Statistics compiled by the Government of India from the reports of provincial Civil Veterinary Departments
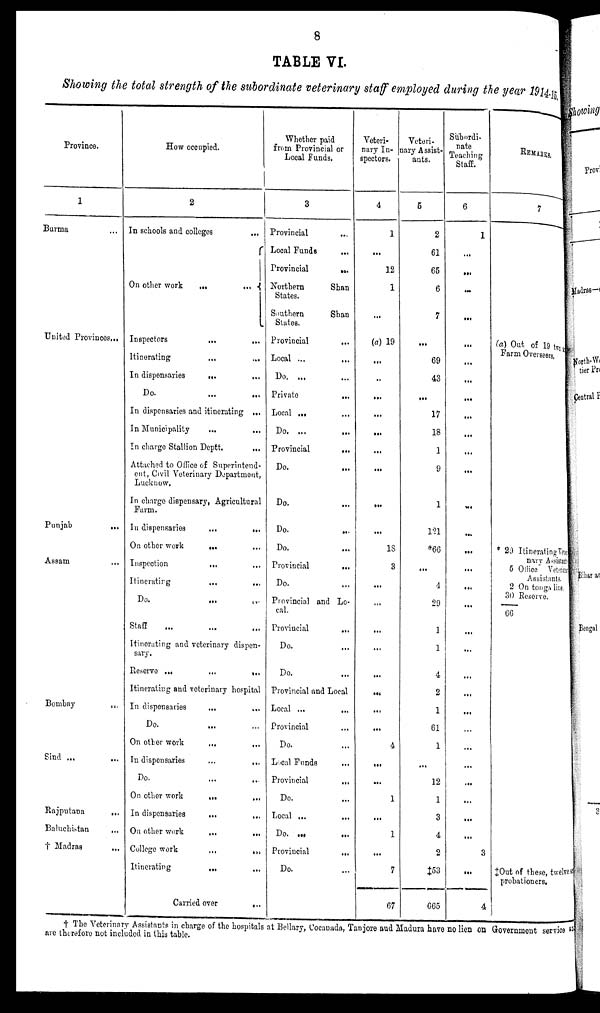
8
TABLE VI.
Showing the total strength of the subordinate veterinary staff employed during the year 19l4-15.
Province.
1
Burma ....
United Provinces ...
Punjab
...
Assam ...
Bombay
...
Sind ... ...
Rajputana
....
Baluchistan
...
† Madras ...
How occupied.
2
In schools and colleges ...
On other work
...
... ...
Inspectors
...
...
Itinerating ... ...
In dispensaries .. ...
Do. ... ...
In dispensaries and itinerating ...
In Municipality ... ...
In charge Stallion Deptt.
...
Attached to Office of Superintend-
ent, Civil Veterinary Department,
Lucknow.
In charge dispensary, Agricultural
Farm.
In dispensaries
...
...
On other work
...
Inspection
...
....
Itinerating
...
...
...
Do. ... ...
Staff ... ... ...
Itinerating and veterinary dispen-
sary.
Reservo ...
...
...
...
Itinerating and veterinary hospital
In dispensaries
...
...
Do. ... ...
On other work
....
...
In dispensaries
...
...
...
Do. ... ...
On other work
...
...
In dispensaries
...
...
On other work
...
...
College work
...
....
Itinerating
...
...
Carried over
...
Whether paid
from Provincial or
Local Funds,
3
Provincial ...
Local Funds
...
Provincial
...
Northern
Shan
States.
Southern
Shan
States.
Provincial ...
Local ...
...
Do. ... ...
Private
...
Local ... ...
Do. ...
Provincial
...
Do. .. ....
Do. ... ...
Do. ...
Do. ...
Provincial
...
Do. ...
Provincial and Lo-
cal.
Provincial ...
Do. ...
Do. ...
Provincial and Local
Local ...
...
Provincial ...
Do. ...
Local Funds
...
Provincial ... ...
Do. ... ...
Local ...
...
...
Do.
....
Provincial
...
Do. ...
Veteri-
nary In-
spectors.
4
1
...
12
1
...
(a) 19
...
...
...
...
...
...
...
...
...
18
3
...
...
...
...
...
...
...
...
4
...
...
1
...
1
...
7
67
Vetori-
nary Assist-
ants.
5
2
61
65
6
7
...
69
43
...
17
18
1
9
1
121
*66
....
4
29
1
1
4
2
1
61
1
...
12
1
3
4
2
‡53
665
Subordi-
nate
Teaching
Staff.
6
1
...
...
...
...
...
...
...
...
...
...
...
...
...
...
...
...
...
...
...
...
...
...
...
...
...
...
...
...
...
...
3
...
4
REMARKS.
7
(a) Out of 19 two
Farm Overseers,
* 29 Itinerating Vet er-
nary Assistant
5 Office Veterinary
Assistants.
2 On tonga line.
30 Resorve.
66
‡Out of these, twelve sp
probationers.
†The Veterinary Assistants in charge of the hospitals at Bellary, Cocanada, Tanjore and Madura have no lien on Government service an
are therefore not included in this table.